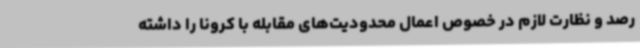
رصد و نظارت لازم در خصوص اعمال محدودیت‌های مقابله با کرونا را داشته